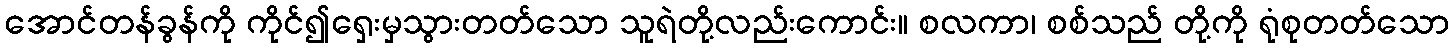
အောင်တန်ခွန်ကို ကိုင်၍ရှေးမှသွားတတ်သော သူရဲတို့လည်းကောင်း။ စလကာ၊ စစ်သည် တို့ကို ရုံစုတတ်သော